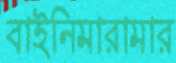
বাইনিমারামার